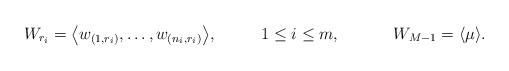
LaTeX: \begin{align*}W_{r_i}=\big\langle w_{(1,r_i)},\dots,w_{(n_i,r_{i})}\big\rangle,\,\,\,\,\,\,\,\,\,\,\,\,\,\,\,\,1\leq i\leq m,\,\,\,\,\,\,\,\,\,\,\,\,\,\,\,\,\,\,\,W_{M-1}=\langle \mu\rangle. \end{align*}